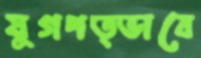
যুগপত্ভাবে